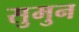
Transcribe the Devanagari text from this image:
सुमुन